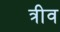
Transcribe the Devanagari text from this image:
त्रीव